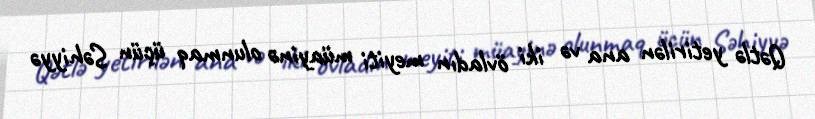
Qətlə yetirilən ana və iki övladın meyiti müayinə olunmaq üçün Səhiyyə